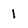
Character: 1